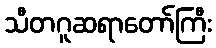
သီတဂူဆရာတော်ကြီး